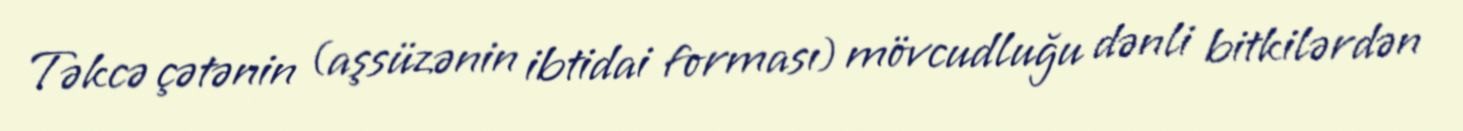
Təkcə çətənin (aşsüzənin ibtidai forması) mövcudluğu dənli bitkilərdən